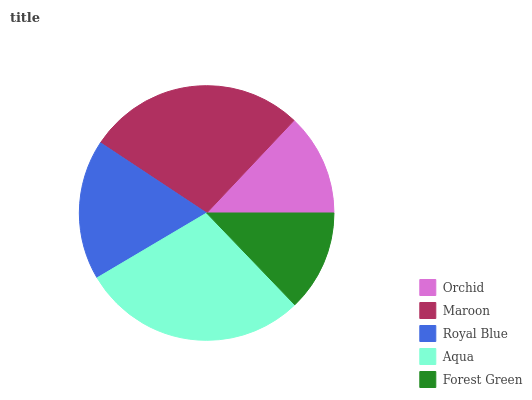
| Orchid | Maroon | Royal Blue | Aqua | Forest Green |
 | --- | --- | --- | --- | --- |
 | 13% | 27.7% | 17.8% | 28.7% | 12.8% |